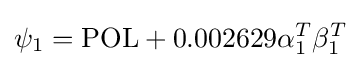
\psi _{1}={\text{POL}}+0.002629\alpha _{1}^{T}\beta _{1}^{T}